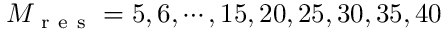
M _ { \mathrm { ~ r ~ e ~ s ~ } } = 5 , 6 , \cdots , 1 5 , 2 0 , 2 5 , 3 0 , 3 5 , 4 0